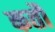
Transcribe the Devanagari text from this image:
कतौं